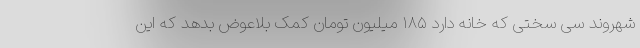
شهروند سی سختی که خانه دارد ۱۸۵ میلیون تومان کمک بلاعوض بدهد که این